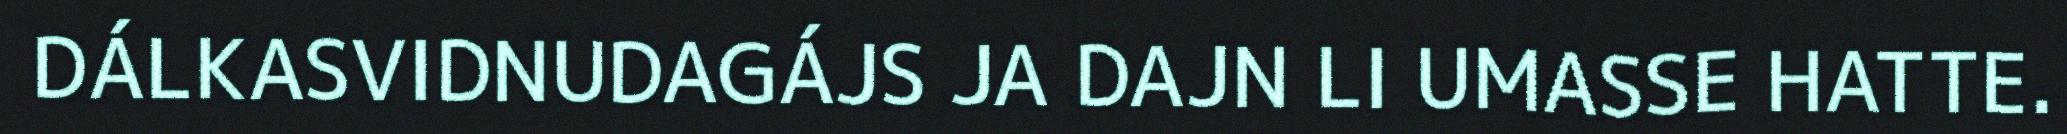
DÁLKASVIDNUDAGÁJS JA DAJN LI UMASSE HATTE.